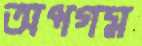
অপগম